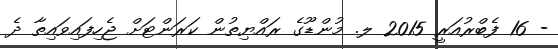
- 16 ފެބްރުއަރީ 2015 ލ. މުންޑޫގެ ރައްޔިތުން ކަރަންޓަށް ޖެހިފައިވައިތާ ދެ